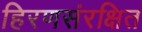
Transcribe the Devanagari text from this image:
हिरणसंरक्षित